画像に写った文字を読んでください
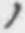
「ノ」と書いてあります